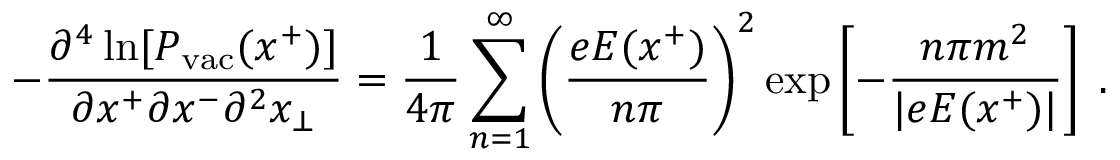
- { \frac { \partial ^ { 4 } \ln [ P _ { \mathrm { v a c } } ( x ^ { + } ) ] } { \partial x ^ { + } \partial x ^ { - } \partial ^ { 2 } x _ { \bot } } } = { \frac { 1 } { 4 \pi } } \sum _ { n = 1 } ^ { \infty } \left( { \frac { e E ( x ^ { + } ) } { n \pi } } \right) ^ { 2 } \exp \left[ - { \frac { n \pi m ^ { 2 } } { \vert e E ( x ^ { + } ) \vert } } \right] \; .